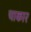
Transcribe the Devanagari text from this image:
चाकार